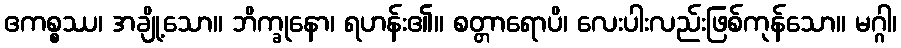
ဧကစ္စဿ၊ အချို့သော။ ဘိက္ခုနော၊ ရဟန်း၏။ စတ္တာရောပိ၊ လေးပါးလည်းဖြစ်ကုန်သော။ မဂ္ဂါ၊